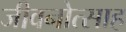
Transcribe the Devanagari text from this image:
जीवनोत्साह